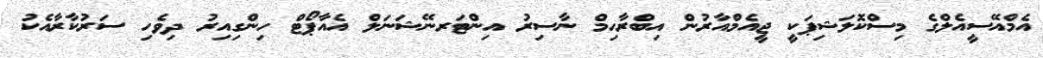
އެމްއޭސީއެލްގެ މިސްކޮލަޝިޕަކީ ޖީއެމްއާރުން އިބްރާހިމް ނާސިރު އިންޓަރނޭޝަނަލް އެއާޕޯޓް ހިންގިއިރު ދިވެހި ސަރުކާރާއެކު